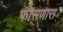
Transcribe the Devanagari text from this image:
फासणारा